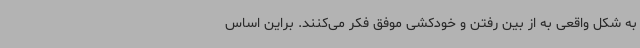
به شکل واقعی به از بین رفتن و خودکشی موفق فکر می‌کنند. براین اساس